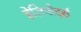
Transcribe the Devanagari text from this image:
हेलिपोर्ट्स